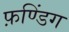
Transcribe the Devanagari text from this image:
फ़ण्डिंग